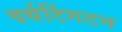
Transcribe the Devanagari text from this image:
वर्थटिंगटन